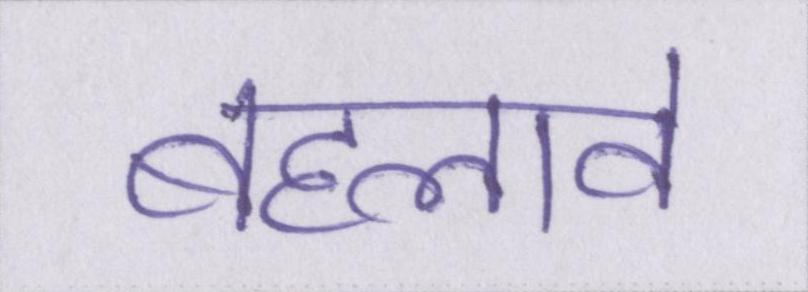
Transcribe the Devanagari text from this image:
बहलावे